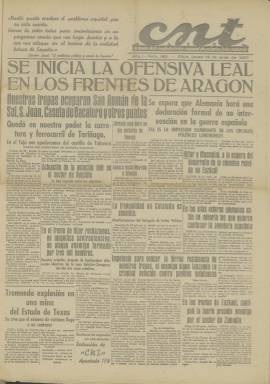
Título: CNT. Confederación Nacional del Trabajo (Gijón)
Otros títulos: Confederación Nacional del Trabajo || Confederación Nacional del Trabajo (Gijón)
Colección: Periódicos || Guerra civil
Ámbito geográfico: Asturias
Lugar de publicación: Gijón
Fechas: 14/06/1937-26/07/1937